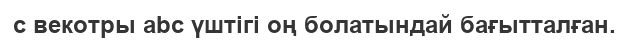
c векотры abc үштігі оң болатындай бағытталған.